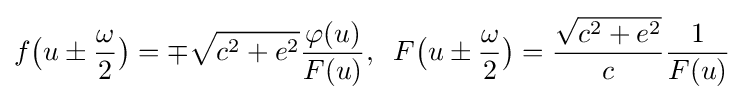
f{\big (}u\pm {\omega  \over 2}{\big )}=\mp {\sqrt {c^{2}+e^{2}}}{\varphi (u) \over F(u)},\;\;F{\big (}u\pm {\omega  \over 2}{\big )}={{\sqrt {c^{2}+e^{2}}} \over c}{1 \over F(u)}